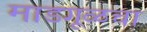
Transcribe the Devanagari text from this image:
माडगूळचा